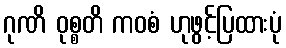
ဂုဏိ ဝုစ္စတိ ကဝစံ ဟုဖွင့်ပြထားပုံ